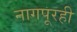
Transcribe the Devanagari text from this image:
नागपूरही